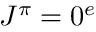
J ^ { \pi } = 0 ^ { e }